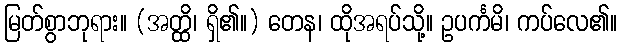
မြတ်စွာဘုရား။ (အတ္ထိ၊ ရှိ၏။) တေန၊ ထိုအရပ်သို့။ ဥပင်္ကမိ၊ ကပ်လေ၏။